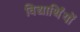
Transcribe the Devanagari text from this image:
विद्यार्थिंयों